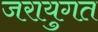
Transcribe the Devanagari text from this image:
जरायुगत